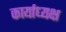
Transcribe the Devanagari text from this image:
कार्याध्‍यक्ष